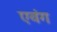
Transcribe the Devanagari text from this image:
एवंग